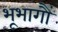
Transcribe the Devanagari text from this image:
भूभागौं